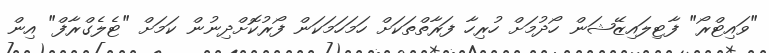
"ވައިޓްރޯ" ފާޓިލައިޒޭޝަން ހޯދުމަށް ހުރިހާ ފަރާތްތަކަށް ހަމަހަމަކަން ފޯރުކޮށްދިނުން ކަމަށް "ޓެލެގްރާފް" އިން